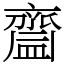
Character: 齍